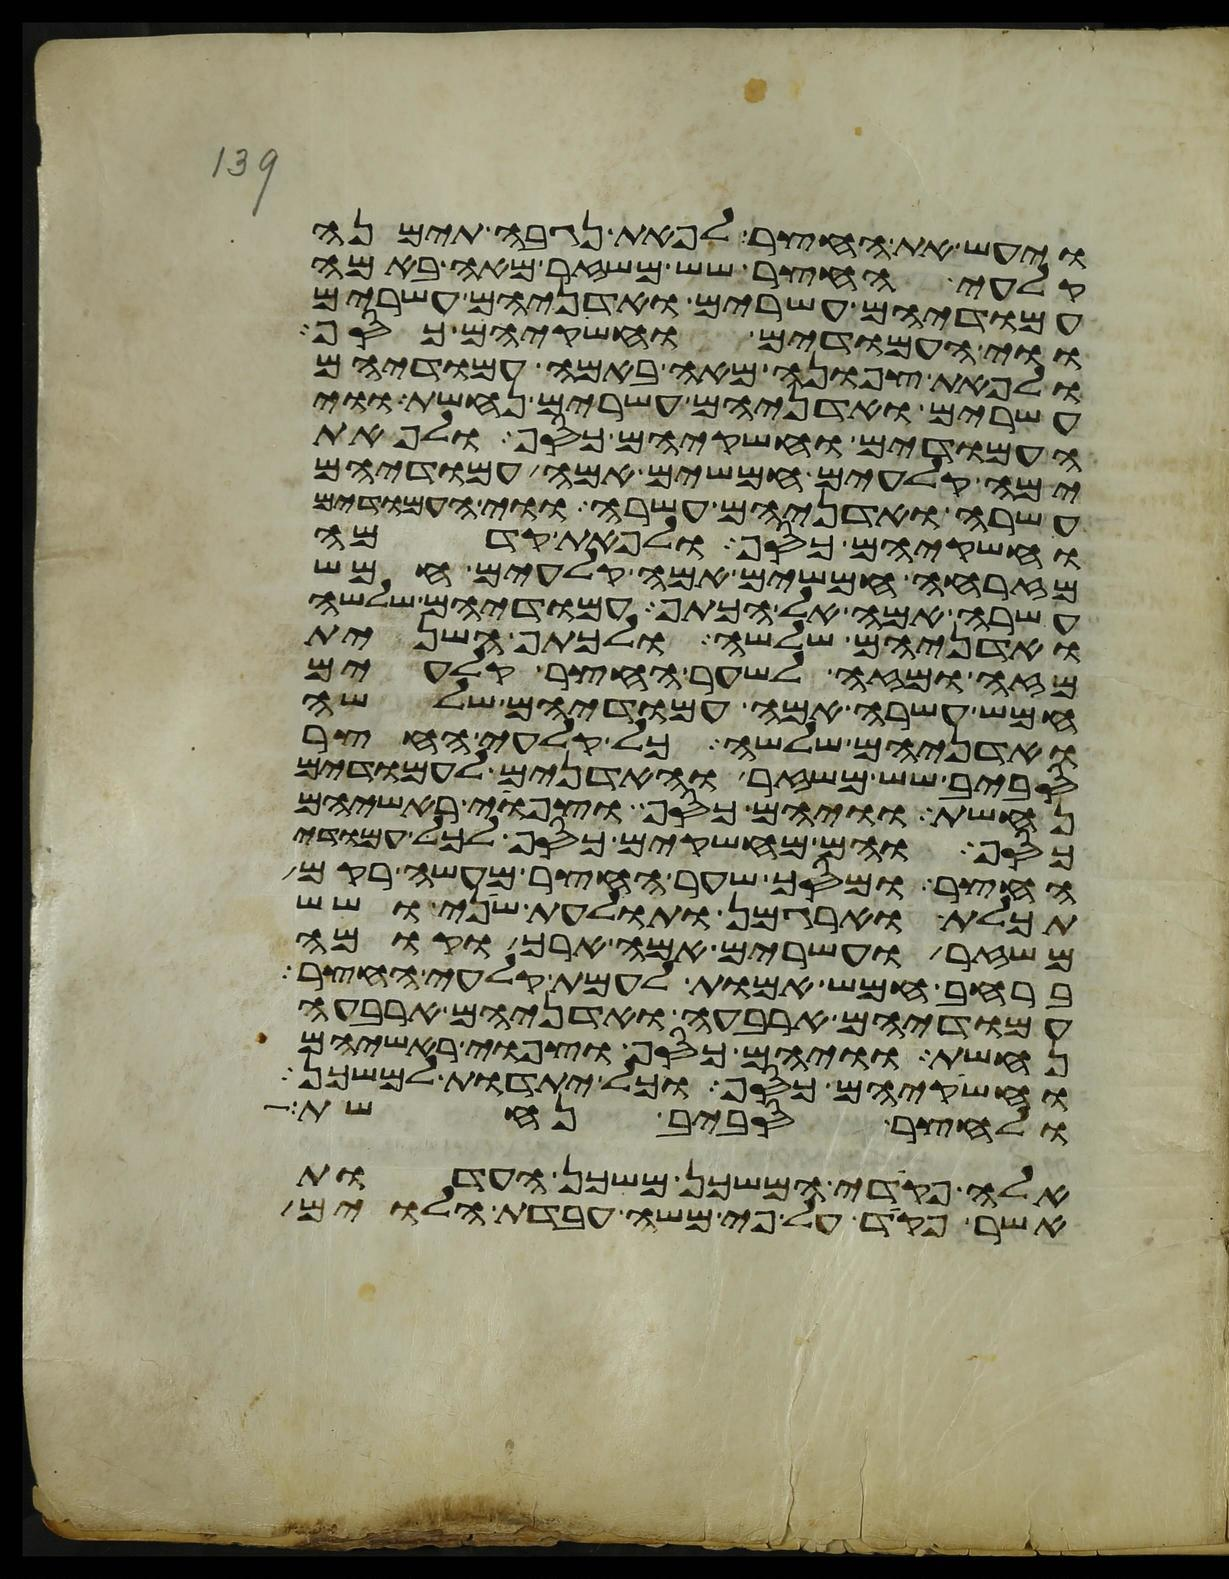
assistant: ויעש את החצר לפאת נגבה תימנה
קלעי החצר שש משזר מאה באמה
עמודיהם עשרים ואדניהם עשרים
ווי העמודים וחשקיהם כסף
ולפאת צפונה מאה באמה עמודיהם
עשרים ואדניהם עשרים נחשת ווי
העמודים וחשקיהם כסף ולפאת
ימה קלעים חמשים אמה עמודיהם
עשרה ואדניהם עשרה ווי העמודים
וחשקיהם כסף ולפאת קדמה
מזרחה חמשים אמה קלעים חמש
עשרה אמה אל הכתף עמודיהם שלשה
ואדניהם שלשה ולכתף השנית
מזה ומזה לשער החצר קלעים
חמש עשרה אמה עמודיהם שלשה
ואדניהם שלשה כל קלעי החצר
סביב שש משזר והאדנים לעמודים
נחשת וויהם כסף וצפוי ראשיהם
כסף והם מחשקים כסף לכל עמודי
החצר ומסך שער החצר מעשה רקם
תכלת וארגמן ותולעת שני ושש
משזר ועשרים אמה ארך וקומה
ברחב חמש אמות לעמת קלעי החצר
עמודיהם ארבעה ואדניהם ארבעה
נחשת וויהם כסף וצפוי ראשיהם
וחשקיהם כסף וכל יתדות למשכן
ולחצר סביב נחשת
אלה פקדי המשכן משכן העדות
אשר פקד על פי משה עבדת הלוים